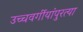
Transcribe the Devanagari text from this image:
उच्चवर्गीयांपुरत्या